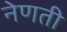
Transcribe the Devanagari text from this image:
नेणती